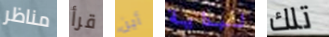
مناظر قرأ أين لبداية تلك